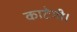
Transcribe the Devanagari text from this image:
काटेगी।